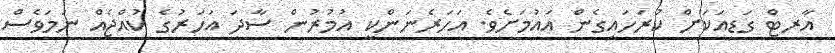
އާރޓް ގަޑިއަކަށް ކުރަހައިގެން އައުމަށެވެ. އަހަރެނަންކީ އުމުރުން ސާދަ އަހަރުގެ ކުއްޖެއް ނަމަވެސް